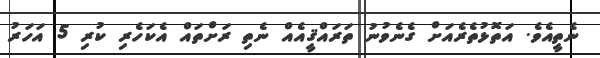
ނެތީއެވެ. އަތޮޅުތެރެއަށް ގެނެވުނު ތަރައްޤީއެއް ނެތި ރަށްތައް އެކަހެރި ކުރި 5 އަހަރު